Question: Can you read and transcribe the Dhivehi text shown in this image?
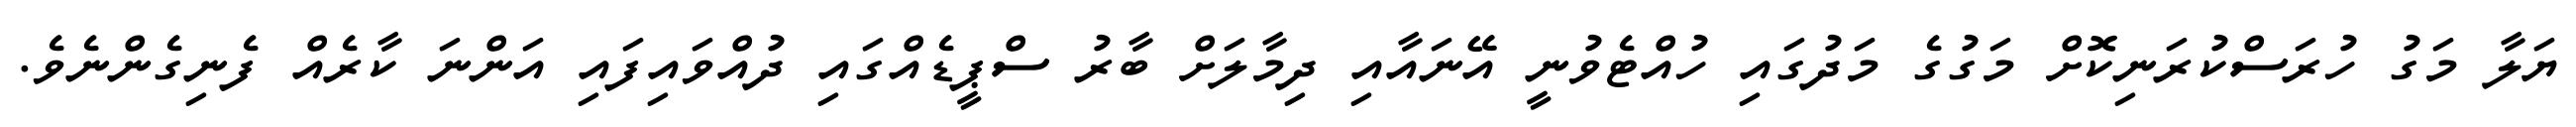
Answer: ޔަލާ މަގު ހުރަސްކުރަނިކޮށް މަގުގެ މަދުގައި ހުއްޓެވުނީ އޭނައާއި ދިމާލަށް ބާރު ސްޕީޑެއްގައި ދުއްވައިފައި އަންނަ ކާރެއް ފެނިގެންނެވެ.